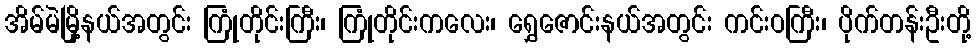
အိမ်မဲမြို့နယ်အတွင်း ကြုံတိုင်းကြီး၊ ကြုံတိုင်းကလေး၊ ရွှေဇောင်းနယ်အတွင်း ကင်းဝကြီး၊ ပိုက်တန်းဦးတို့